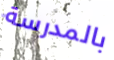
بالمدرسة